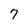
Character: 7